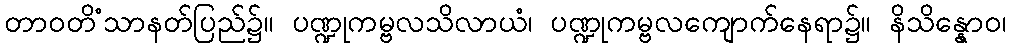
တာဝတိံသာနတ်ပြည်၌။ ပဏ္ဍုကမ္ဗလသိလာယံ၊ ပဏ္ဍုကမ္ဗလကျောက်နေရာ၌။ နိသိန္နောဝ၊